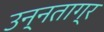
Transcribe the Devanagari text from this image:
उन्नताग्र